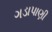
ગડાપાણી